38_143685_box7_Incident_Summaries_1-100
Agency: Department of War
Page 140
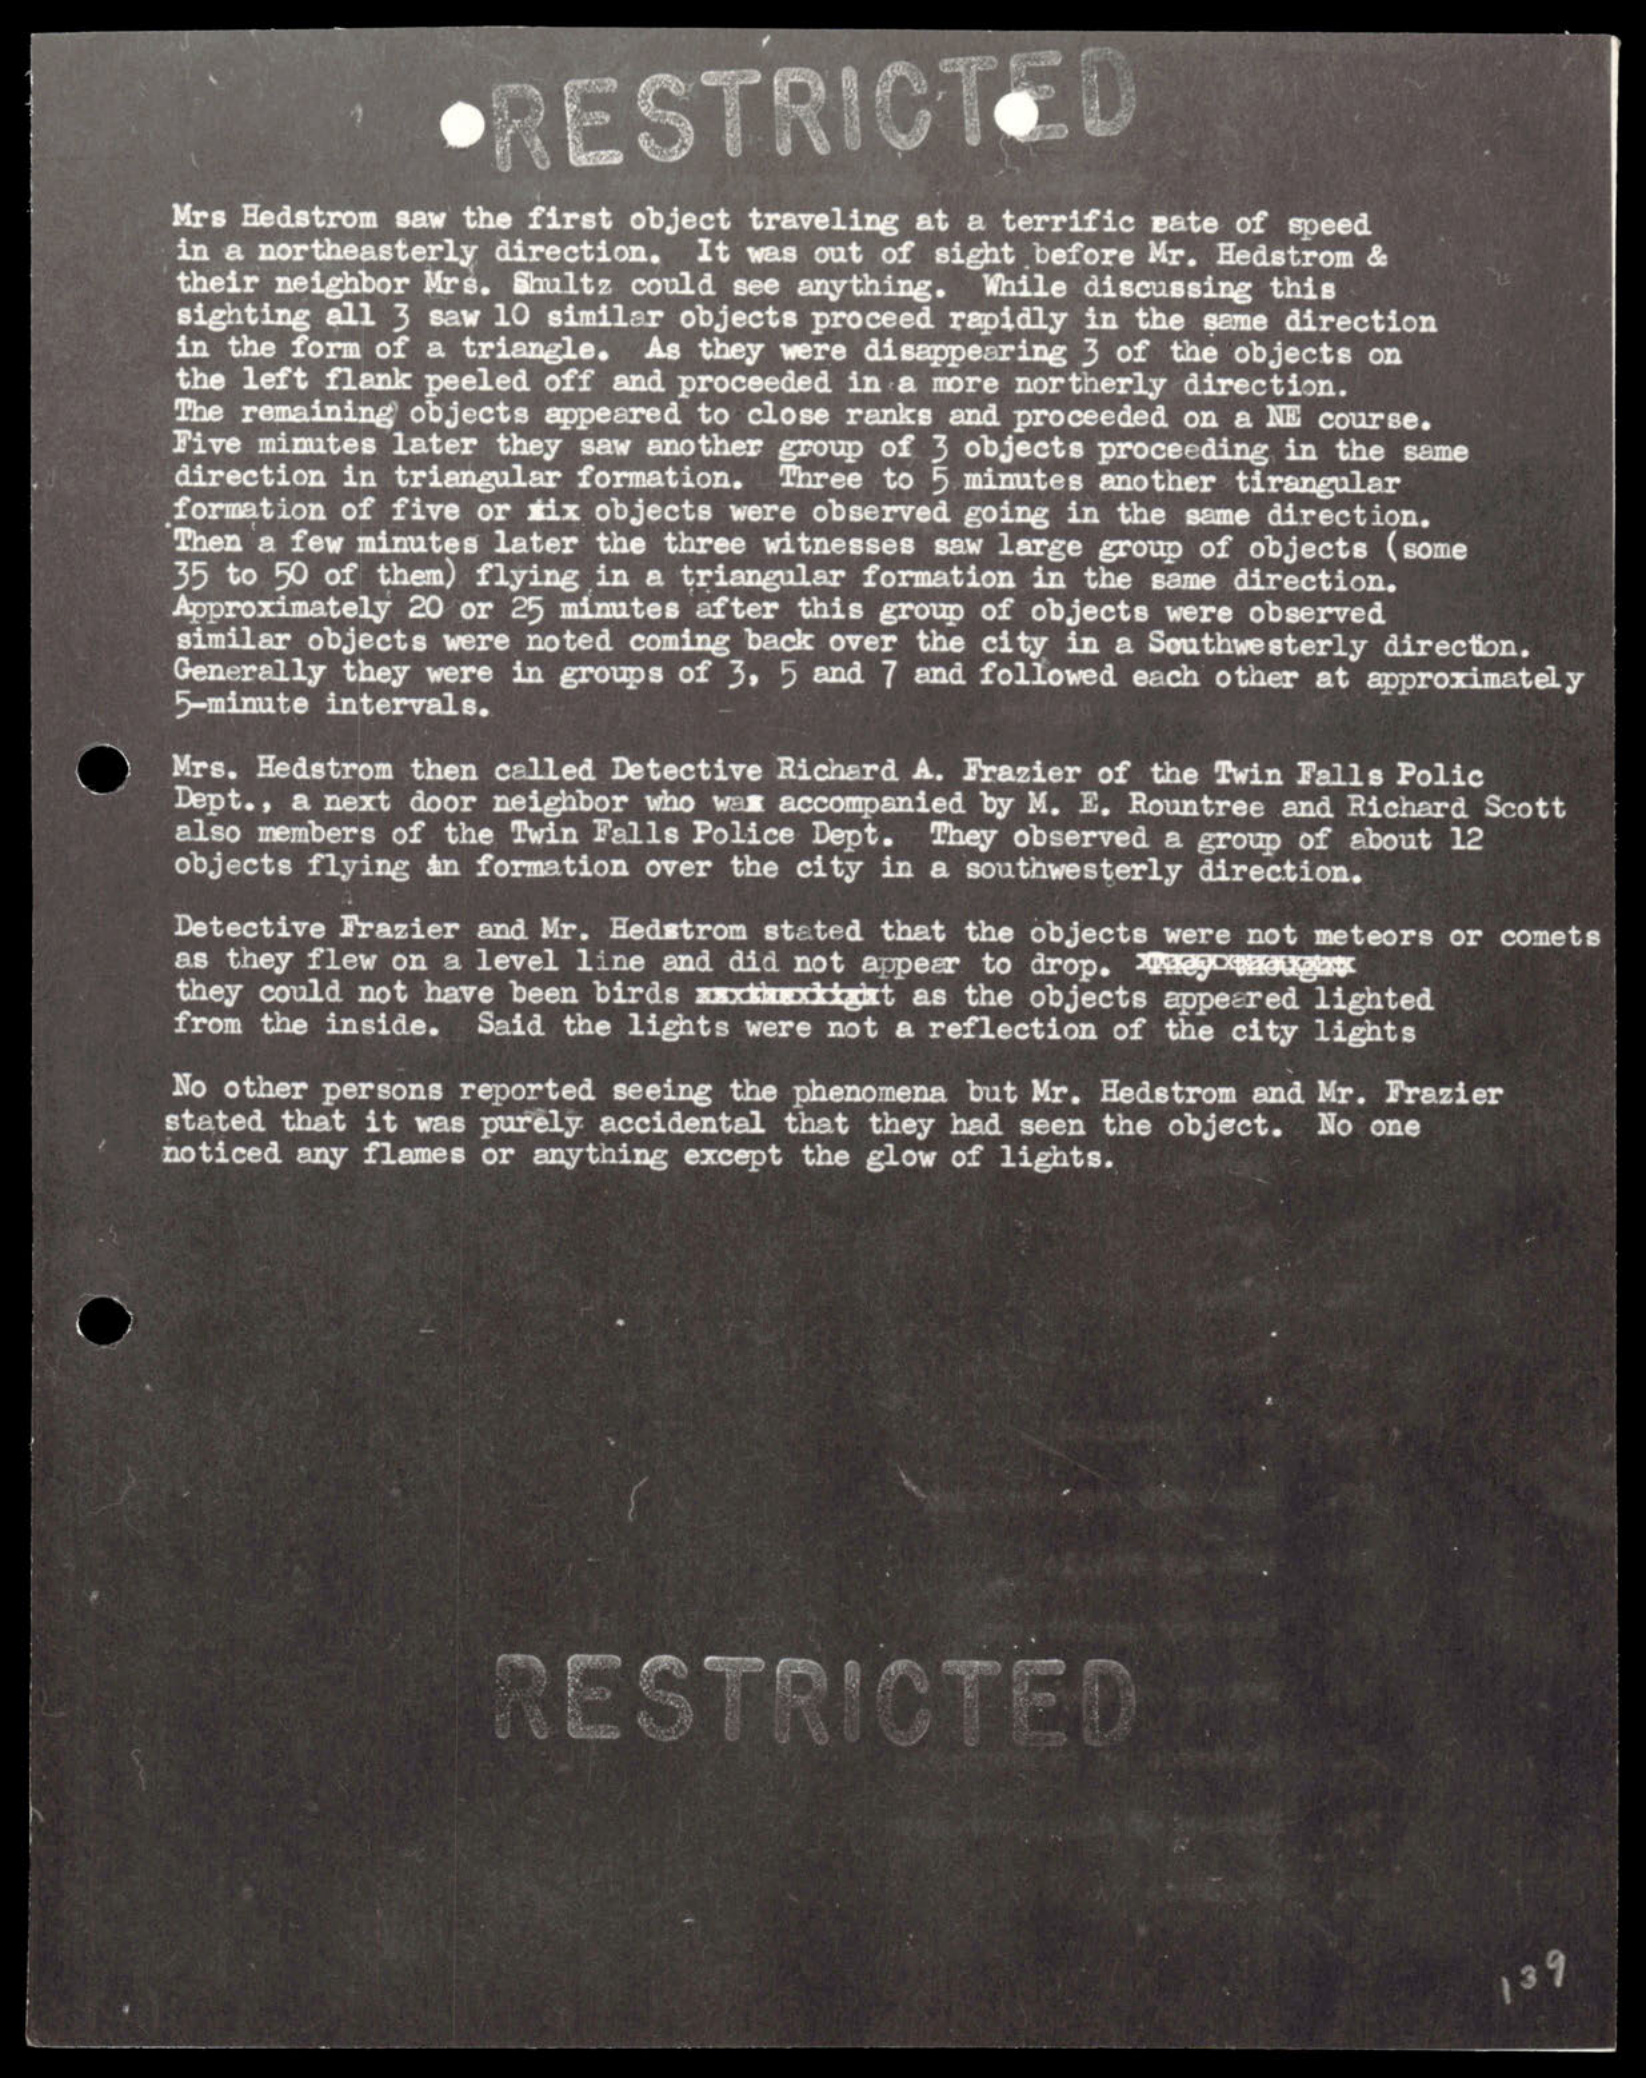